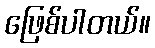
ဖြေစ်ပါတယ်။